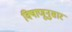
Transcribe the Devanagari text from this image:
विषाणूनुसार